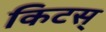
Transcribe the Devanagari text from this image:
किटस्